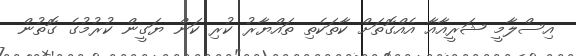
އިސްލާމީ ޝަރީއާއާ އެއްގޮތަށް ކާތަކެތި ތައްޔާރު ކުރި ކަން ޔަގީން ކުރުމުގެ ގޮތުން